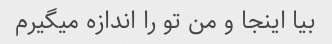
بیا اینجا و من تو را اندازه میگیرم